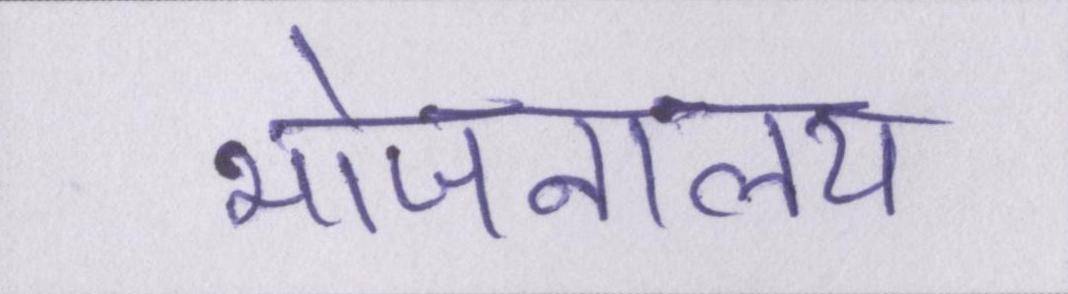
भोजनालय